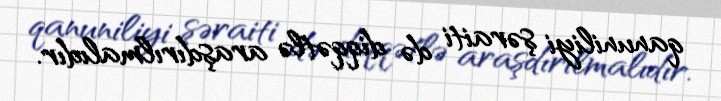
qanuniliyi şəraiti də diqqətlə araşdırılmalıdır.